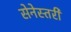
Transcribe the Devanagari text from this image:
सेनेस्तरी